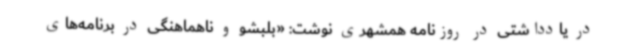
در یادداشتی در روزنامه همشهری نوشت: «بلبشو و ناهماهنگی در برنامه‌های